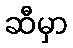
ဆီမှာ